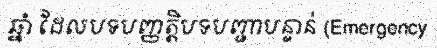
ឆ្នាំ ដែលបទបញ្ញត្តិបទបញ្ជាបន្ទាន់ (Emergency